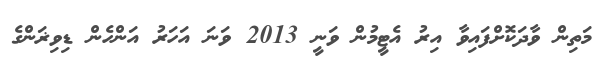
މަތިން ވާދަކޮށްފައިވާ އިރު އެޓީމުން ވަނީ 2013 ވަނަ އަހަރު އަންހެން ޑިވިޜަންގެ